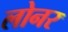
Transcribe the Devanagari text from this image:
लोनर